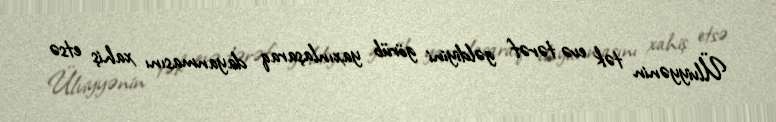
Ülviyyənin tək evə tərəf gəldiyini görüb yaxınlaşaraq dayanmasını xahiş etsə